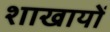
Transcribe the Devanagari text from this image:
शाखायों